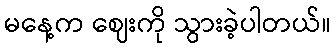
မနေ့က ဈေးကို သွားခဲ့ပါတယ်။